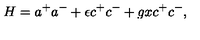
H = a ^ { + } a ^ { - } + \epsilon c ^ { + } c ^ { - } + g x c ^ { + } c ^ { - } ,